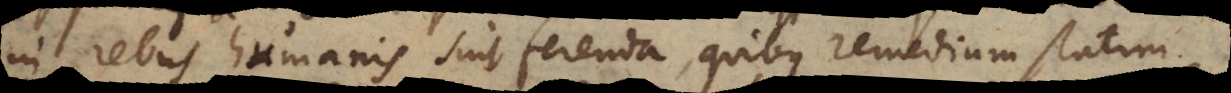
in rebus humanis sint ferenda, quibus remedium statim